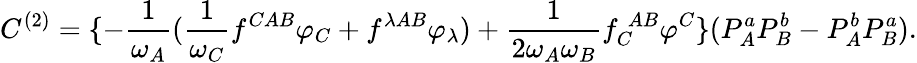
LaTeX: C^{(2)}=\{ -\frac{1}{\omega_{A}}(\frac{1}{\omega_{C}}f^{CAB}\varphi_{C}+f^{\lambda AB}\varphi_{\lambda})+\frac{1}{2\omega_{A}\omega_{B}}f_{C}^{\; AB}\varphi^{C}\} (P_{A}^{a}P_{B}^{b}-P_{A}^{b}P_{B}^{a}).